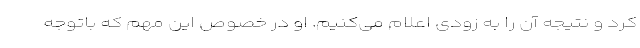
کرد و نتیجه آن را به زودی اعلام می‌کنیم. او در خصوص این مهم که باتوجه